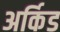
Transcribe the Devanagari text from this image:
अर्किड